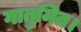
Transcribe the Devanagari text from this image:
गातुमित।